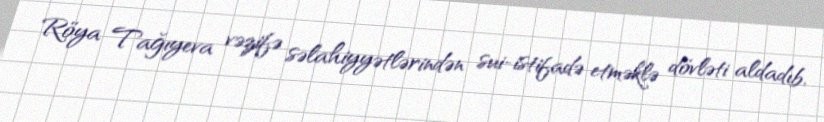
Röya Tağıyeva vəzifə səlahiyyətlərindən sui-istifadə etməklə dövləti aldadıb,